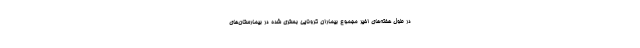
در طول هفته‌های اخیر مجموع بیماران کرونایی بستری شده در بیمارستان‌های